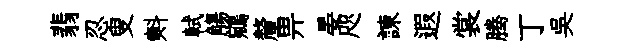
翡忍叟㪺軾觴鵷釐畀晏咫諫遐裳腾丁吳